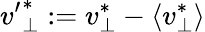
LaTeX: {v^{\prime}}_{\perp}^{\ast}:={v}_{\perp}^{\ast}-\langle{v}_{\perp}^{\ast}\rangle